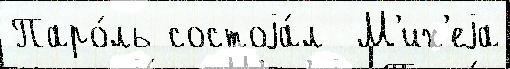
Паро́ль состоjа́л  М'их'еjа